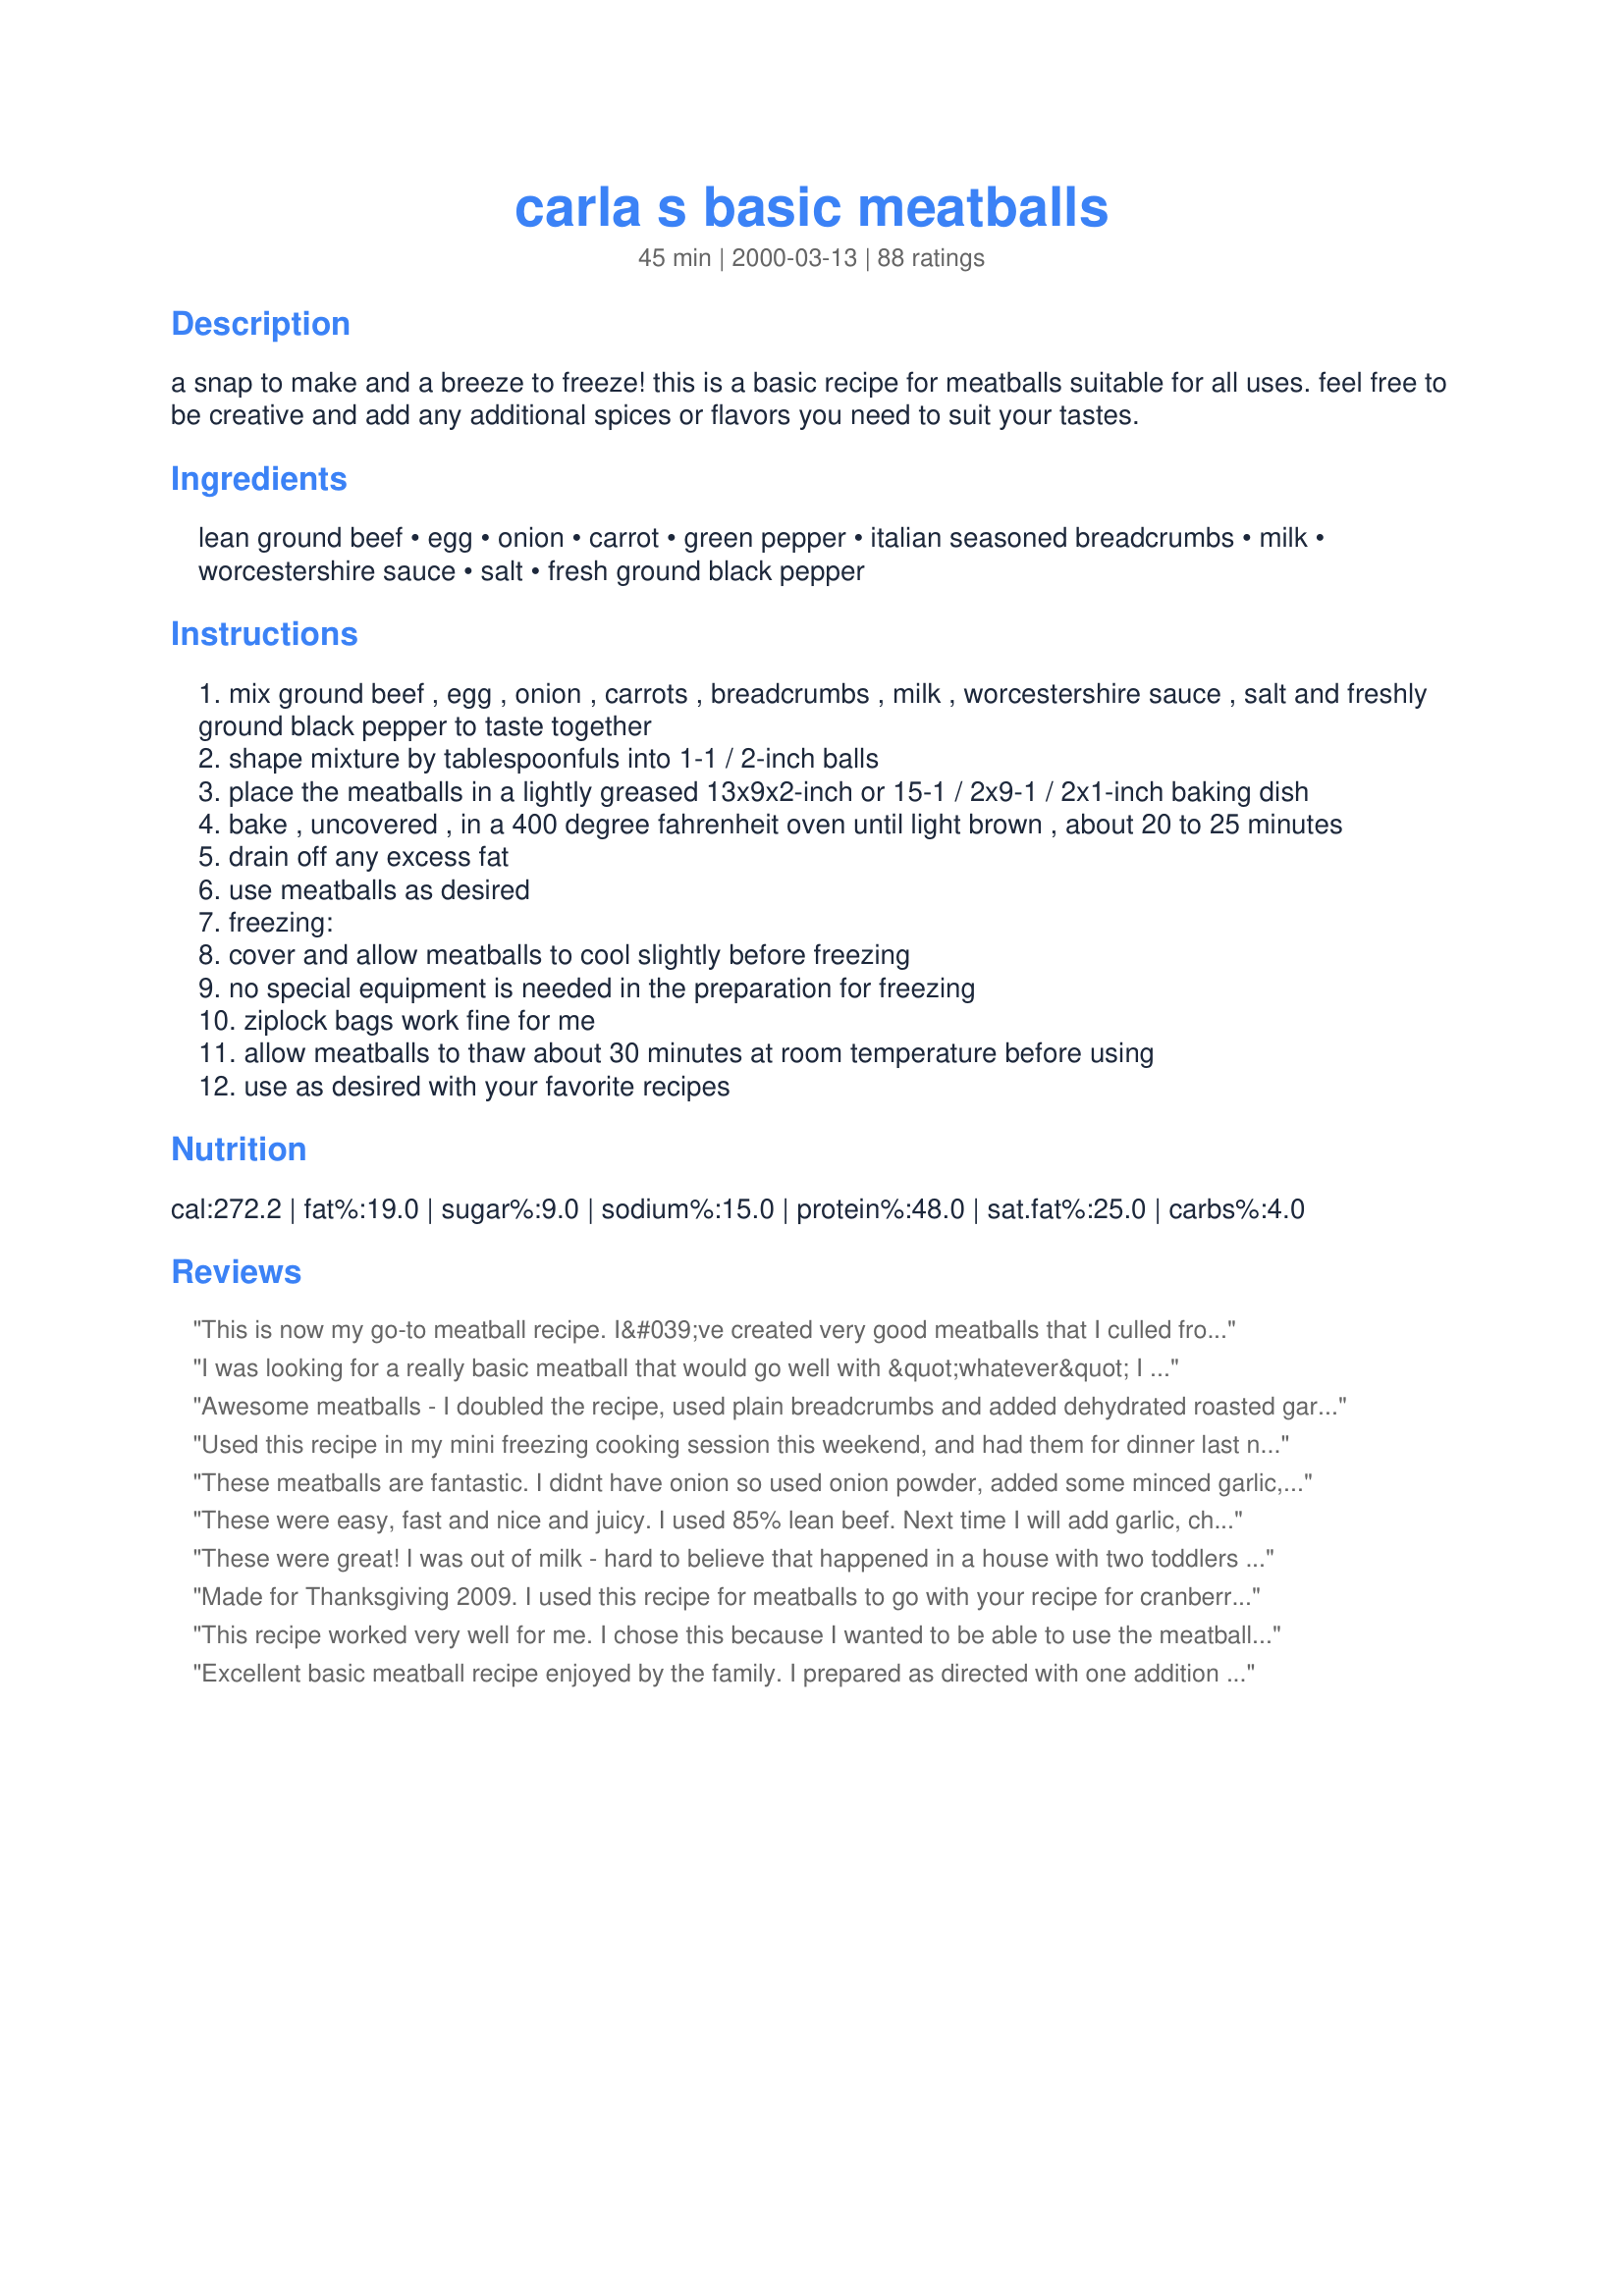
carla s basic meatballs
Preparation time: 45 minutes

a snap to make and a breeze to freeze! this is a basic recipe for meatballs suitable for all uses. feel free to be creative and add any additional spices or flavors you need to suit your tastes.

Ingredients:
lean ground beef, egg, onion, carrot, green pepper, italian seasoned breadcrumbs, milk, worcestershire sauce, salt, fresh ground black pepper

Steps:
mix ground beef , egg , onion , carrots , breadcrumbs , milk , worcestershire sauce , salt and freshly ground black pepper to taste together
shape mixture by tablespoonfuls into 1-1 / 2-inch balls
place the meatballs in a lightly greased 13x9x2-inch or 15-1 / 2x9-1 / 2x1-inch baking dish
bake , uncovered , in a 400 degree fahrenheit oven until light brown , about 20 to 25 minutes
drain off any excess fat
use meatballs as desired
freezing:
cover and allow meatballs to cool slightly before freezing
no special equipment is needed in the preparation for freezing
ziplock bags work fine for me
allow meatballs to thaw about 30 minutes at room temperature before using
use as desired with your favorite recipes

Reviews:
This is now my go-to meatball recipe. I&#039;ve created very good meatballs that I culled from different recipes but unable to remember how to replicate them and I&#039;ve made meatballs from fancy recipes that turned out quite bland. These are so simple and easy, yet so tasty. Honestly, did not expect much, but very pleasantly surprised. I made as directed, using a 20% lean ground beef and Progresso Italian style breadcrumbs. Thanks for posting, so glad I tried them. I just needed to update this. I&#039;ve made these several times now and they are very consistent. The trick, I think, is to use the 20% beef. I haven&#039;t tried any higher or lower fat content and they come out perfect every time. Not very greasy and not dry either. I just love these! I pair this with Recipe #266734. Awesome!
I was looking for a really basic meatball that would go well with &quot;whatever&quot; I decided to make when I pulled them out of the freezer. I made these and browned them in clarified butter instead of the oil and used cracker crumbs in place of the breadcrumbs. I browned them until &quot;just done&quot; to freeze. They aren't over seasoned but taste great so whatever I make I can use these without conflicting flavor. Update: May 23, 2016 I still use this recipe when I make meatballs. I use parsley and panko instead of Italian seasoned bread crumbs because I like really basic meatballs so I can use them in whatever I get a taste for. They really freeze well and I love them with teriyaki sauce but that doesn't mix well with Italian flavor. Still one of my favorite recipes for quick and easy meals. Thanks again. :)
Awesome meatballs - I doubled the recipe, used plain breadcrumbs and added dehydrated roasted garlic and and Epicure Selections' Oven Roast herb blend. They were moist and delicious right out of the oven (my two-year old and I kept grabbing them and popping them into our mouths to "test" them) and I froze half, then used the rest in <a href="/38889">Sweet and Sour Meatballs</a> Sweet and Sour Meatballs. Absolutely delicious and I'll definitely be using this recipe from now on.
Used this recipe in my mini freezing cooking session this weekend, and had them for dinner last night using the sauce from recipe#171781 The whole family loved it! Thanks!
These meatballs are fantastic. I didnt have onion so used onion powder, added some minced garlic, as well as some italian seasoning. I prepared these ahead of time and refrigerated them until dinner to make things easy. Once they were done, I let them simmer in the sauce for awhile. Served over hot spaghetti noodles, yum! Will make again!
These were easy, fast and nice and juicy. I used 85% lean beef. Next time I will add garlic, chopped bell pepper and maybe some oregano to jazz them up a bit.
These were great! I was out of milk - hard to believe that happened in a house with two toddlers - so I used buttermilk instead. Next time I'll use milk and see which I like better. They were flavorful and tender, not too onion-y tasting and not over spiced, as some meatballs tend to be. This is a definite keeper!
Made for Thanksgiving 2009. I used this recipe for meatballs to go with your recipe for cranberry glazed meatballs (#107450) and it worked out very well. I did end up with around 40 meatballs and the bake time for my oven with the size I made was around 15 minutes. They were easy to prepare and the flavor was awesome (gotta admit, I ate some of them right out of the oven the day I made them). I was able to successfully cook them ahead of time and freeze for use on Thanksgiving (took them out and put them in the refrigerator the day before to thaw). Thanks so much for posting!!!!
This recipe worked very well for me. I chose this because I wanted to be able to use the meatballs in different things. The prep is easy and the cooking time was right on. I used half of my batch tonight for recipe#110680, Chile Verde Meatballs and it worked wonderfully. The other half I have froze for a weeknight dinner. 
Thanks for posting!
Excellent basic meatball recipe enjoyed by the family. I prepared as directed with one addition & exception which was the addition of finely chopped green pepper and sauted them with the onion until just soft and translucent before adding to the ground beef mixture. Otherwise no other changes were made. Made ahead and froze to use at a later time for meatball subs. So much nicer then the purchased, frozen variety. - Phyl
These turned out really nice and tasted good on Meatball Subs!
Great basic meatball recipe that would go with any sort of sauce. I used recipe#164926 with mine. Served with steamed buttered cabbage and carrots. For a change I would add in some grlic & parmesan. Another keeper for me :)
These were wonderful! Normally when I make meatballs they come out dry and overcooked. These were perfect! I used Ground turkey instead of beef and they were still very good. I made them with Jo Mama's World Famous Spaghetti (recipe #22782) and the taste worked really well together. My DH has actually requested that I make these again - a first for homemade meatballs.
This recipe made great tasting meatballs. I did not have fresh onion so I used dried chopped onion and added a little bit of water to it. I did not have a baking dish so I used a cookie sheet with tin foil over it. The tin foil made the meatballs get a little bit brown on the bottom but it did make clean up really easy. I also only baked the meatballs for 15 min then I cooked them in a sauce pan with some prego. My boyfriend said that this meal was the best I have ever made him. (it was also the easiest)
This was an excellent recipe!! It was easy to make. I used soy milk instead of milk, and added some garlic. I cooked some asparagus for a side dish and that was the entire meal!
These meatballs are versatile and easy to prepare. I've used them in Meatball Subs (Recipe #102843) and Slow Simmered Spaghetti and Meatballs (Crock-Pot) (Recipe #160483) and they worked very well. Thanks for a great recipe.
This is one of those classic basic recipes that you can grow upon or leave alone and it will always turn out great.
I’m not rating this because I got so far off recipe, (1/4 cup parmesan cheese instead of milk, no Worcestershire sauce; commercial spiced breadcrumbs, I used a red onion & etc & etc.) I was just looking for a time and temp to bake, and proportions. This worked great for me. Really not too dry, and I even rinsed the cooked meatballs in a colander to get rid of grease. The thing I wanted to say – a small thing, but anyway- is I put a sheet to tin foil on the cookie sheet to save on clean up. No a big deal until you have to clean the cookie sheet.
It tuned out great. It was juicy and flavorful. I used two packs of ground beef each had pound. I used two eggs. I added onion power, garlic power, Italian seasoning, minced onions, and oarklesy flakes and double milk, and added spoonful worshire source. It was great. I am going freeze the meetballs for Thanksgiving party at work. I am going thraw for 30 minutes. Put in crock pot like cook for 2hours on slow heat . iam going to use kraft barbuce sauce and bama grape jelly.
Very tasty and easy to make!!!
Very easy to do, a very nice basic recipe, and very good right out of the oven. We couldn't stop eating them, thanks!
Forgot the Worcestershire sauce, milk and used homemade breadcrumbs. Mixed it up in my food processor after mincing the onion. They taste awesome. Will be tasty in the bbq meatball sandwiches I'm making. Thanks for the easy to follow recipe.
Looks yummy ! I will try these on Mr. M. I'm sure he'll love them!
These were so good and easy to make! I added some garlic and parmesean cheese and it was delicious! Yum yum!!!
Exactly what I was looking for! Was short on time and ideas for lunch so I decided to whip up some quick cooking meatballs with a salad. This is an easily adaptable recipe for personal tastes or what you have on hand. As I do not make anything savory without garlic, I suggest adding a clove or 2 of minced garlic. I made my meatballs a little larger, approx. 2&quot; diameter. Half way through the cooking process I drained the fat, poured in some tomato based pasta sauce, rotated the meatballs, and spooned more sauce over each ball. It turned out amazingly! I also believe you'll prevent the meat from drying out by adding a sauce or broth of your choosing. As an added bonus, the meat provides a richness to your sauce or gravy. Super easy, and definitely recommend!
A nice basic recipe! I wanted meatballs I could use for a variety of purposes, and these are perfect. The only thing I added was garlic powder. I tripled the recipe and froze them all. They're definitely very plain tasting, but that's what I wanted.
Easy recipe, my 6 yr old and made this tonight. I added steak sauce and jazzed it up with some homemade sofrito&quot;Spanish go to starter&quot; also a dash of red pepper flakes... thanks!!
This is an excellent basic meatball recipe. I left the onions out due to an onion-phobic teenage son, and added garlic powder to goose it up a little. I'm sure the addition of the onions would perk these up even more. Easy, tasty, and fast.
These meatballs are wonderful. They are perfectly seasoned, easy to prepare, and I did not find them dry at all. I did not use milk, but otherwise followed the recipe perfectly. I made 3 batches as well that I plan on serving as bbq meatballs, spaghetti & meatballs, and I am crumbling the rest up to use in chili. Thanks for sharing.
The flavor of these meatballs were fine, however they were extremely dry. My husband who is a meatball lover would not eat them, nor would my son. I baked them in the oven and served them in a pasta sauce with spaghetti. This may be better in a soup.
I agree with amber.. wonderful and perfect for various uses. I follewed the recipe to order, and added garlic, italian seasoning, a few dashes of garlic tabasco, and some special garlic season mix i have. Also, different than the instructions, i mixed all wet ingredients (all but the crumbs) well first, and then added the crumbs.. find this incorporates things more evenly. This is an great recipe to have on hand to multiply and freeze, or to make to order. could be a good meat base for meatloaf, burgers, etc.
Wonderful!! I doubled the recipe and they came out perfectly. The flavour is fantastic! It was my first time making my own meatballs and I never knew that it could be this easy. I used these in my beef stroganoff and everyone loved it! Thanks!
I liked these. I pan fried mine in a little olive oil. Great to make a bunch for the freezer. For all those busy weeknights. Thank you.
These meatballs were fantastic -- the family loved them. The recipe is simple and we had meatballs for our spaghetti in no time at all. If you choose this recipe, try using 85% lean hamburger for a moister meatball.
These meatballs are fabulous. My husband is Italian, and hard to please. He loved them!! All I did extra is add some garlic and italian seasoning. After I baked them I put them in the crockpot with my husbands spagetti sauce and let it cook for a few hours and it was perfect. Thanks so much for the recipe!!
12/2006 I like these meatballs because they are tasty and their texture, right out of the oven is great. To be sure, meatball making can be much more complicated and (trust me) more frustrating, but these are simple, go together quickly, are tasty and just fun to do. 09/2009 I make these a different times with either beef or ground turkey. My son loves them either way.
This is a very good, simple and easy to make recipe. It only takes a few minutes to prepare these meatballs and it's very easy to tweak this recipe and personalize it.
My kids inhaled them. Really! My husband and I only had a few. The kids were begging for more and they aren't big red meat eaters (especially my daughter). They absolutely loved them. Also, the were super easy to make (I did leave out the Worcestershire sauce-my kids don't like it). We had salad, rice and mash potatoes with them. Made for a terrific dinner!
Yummy and very quick and easy!! I add the filling of one (fresh from the butcher) italian sausage link...gives the meatballs a slight anise flavor. I also double the recipe and freeze portions...they do freeze extremely well! Thanks for sharing this recipe.
These went great with our swedish meatballs sauce tonight, yumyum! The Worcestershire sauce is something I usually forget about, so thanks.
very quick recipe! These were pretty good, though a little dry from the oven (I used extra lean hamburger) This would be rectified once they were served with a sauce, though. I also used triple the amount of worcestershire sauce though and next time would add a little horseradish, too. Will use again, thanks for posting.
Made these and put them in a sauce of grape jelly and chili sauce. Everyone loved them! I froze a few before adding to the sauce, froze them and then had them in spaghettie. Were great that way too.
by itself themeatball is boring simmer it in the right sauce its very tasty. I made a swedish-style meatball sauce and cooked the meatballs halfway n the oven then simmered them in te sauce for about 45 min they were delicious. thanks!
Perfect! The store was out of frozen meatballs, so I made these. Very good!
Absolutely the best meatballs I ever made.

I normally use way more breadcrumbs, but I stuck to the recipe and was a bit afraid they were going to be too sticky, but turned out I was wrong all along.

They were VERY juicy and very tasty.

It was an added bonus that I could bake them in the oven instead of doing it the old fashioned way of boiling them first and then frying them.
Thank you for this easy to follow recipe! I used 93% lean ground beef and decided to use French&#039;s french fried onions instead of fresh, which I didn&#039;t have on hand and it came out great! Not dry at all! I used both a flat cookie sheet and one mini-muffin pan and both batches were very moist so I am baffled as to why others claim oven baked meatballs tend to be dry. I will definitely use this recipe again!
Not an excellent meatball, but as the name denotes: an average meatball. I doubled the recipe but only used a little over 1/4 cup milk. I got 40 meatballs using a 1 1/2 inch cookie scoop.
Super easy with ingredients I have all the time. I had 2 lbs. of beef so I doubled the recipe which I followed except I used dried onion flakes (same amount)for the onion (just lazy). I would maybe only add garlic and/or some parmesan cheese but that's it. Everyone liked them as they were. I threw them in a prepared sauce and served them on pasta. My younger son had a friend over who loved them too. Thanks Carla! - have made them again while away and I added garlic and some Parmesan cheese and I fried them and served them to 4 happy kids. I simply put them on toothpicks (no sauce) as an appetizer.
This was perfect. Made exactly as written except grated the onion. Solid, basic recipe. I have plans on how I make them next. Wish I had this when I first started cooking. If you are a beginner cook, this is the recipe to learn from. The proportions are perfect. Thanks Carla!
I made these for my pickiest meat eater - and he devoured them! After baking them in the oven I heated them up again in a pot of tomato sauce - a great addition to spaghetti!
I would give this 10 stars if I could. I am making it for the third time and I can't imagine how I got along before I tried it! It is easy and turns out exactly as I had hoped it would. The meatballs are not dry and they are very flavorful. I add a little garlic and onion granules to boost the flavor but these are great just as they are here.
Wowsie!! Doubled the recipe and cooked in the oven. These will be my choice again when we do mass meatball making for the freezer.
Wow, these were wonderful - came out just right and not too dry at all. Very easy to make, too! I did not add onion, but I did add a little onion powder - other than that, made just as written. Next time I'll add some garlic for a little extra flavor. Very versatile. I'm hoping to freeze some, but I have a feeling they are not going to make it into the freezer before they are all eaten, so next time I'll make a double batch to freeze. Thanks for a great simple meatball recipe.
I made these today to go into a meatball soup for tomorrow. I added diced garlic cloves and cilantro. Went easy on the salt because tomorrow they will be swimming in broth.
I think the perfect way to describe these is, &quot;Plain, but NOT bland.&quot;

I wanted meatballs that were well-seasoned and (of course!) tasty but &quot;neutral&quot; enough to go with different kinds of flavors. My objective was to make a giant batch to keep in the freezer.

This recipe is just perfect! I made them using four pounds of beef and one of pork; panko instead of regular crumbs; heavy cream instead of the milk; and otherwise just proportionately-more of the other ingredients.

I&#039;d never before done meatballs in the oven and will never do them any other way!

I ended up with 100, but only about 70 made it into the freezer that night!

They thaw beautifully and are delicious plain; with Italian sauces; with beef or mushroom gravy; and with mayo or Russian dressing. I think they&#039;d be great with Indian or Thai curry, turned into Swedish meatballs, or just dunked into ketchup!
I made these meatballs on 3/10/11 and used them to go into an Italian Meatball soup.The recipe was made exactly as written( which I don't often do ;)),and found it to be a very nice basic meatball recipe. You could add any type of seasonings to make it your own " Special Meatball " recipe.But it's good on it's own. Thanks for posting and. " Keep Smiling :) "
I thought this was a very tasty recipe and I would make it again. I used almond milk and gluten free bread crumbs to make it allergy friendly. Didn&#039;t have onions so I added finely chopped celery and mushrooms. To make it more flavorful I seasoned it with basil &amp; oregano. Also in the past I have always had meatballs that fell apart so I added an extra egg to be safe!
This is a great basic meatball recipe. I love how simple it is and how it calls for ingredients that are usually on hand. I forgot the milk...oops! But didn't notice a difference in the meatball. They were moist and juicy and full of wonderful flavor. Thanks for posting this recipe!
These are exactly as the name implies, a great basic meatball. I was looking for a meatball recipe that didn't contain cheese when I came across this one. I just threw my onion along with a couple cloves of garlic in the food processor and mixed the rest by hand. It was so easy! I have been looking for some great freezer meals to make dinner times easier at my house and this is a keeper. Just think...spaghetti and meatballs, meatball subs, Swedish meatballs, so many great options!!!
Tasty meat balls.
Excellent meatballs!I left out the milk and onions but added onion powder,italian seasonings,oregano and garlic.Mine were not dry at all,perfectly moist.I would definately make these again!
Why buy frozen meatballs when you can make better ones yourself in no time. So simple and yet so good, not dry at all. Thanks for posting this recipe to try.
My husband said he doesn't usually like meatballs, but he loved these! They have been added to my keep file. I did add a little oregano and basil, used scallions instead of regular onions.Thank you!
Quick, easy and yummy! I like that! Made it exactly as written this time for a soup. When I make it for pasta, I'll add a pinch or two of oregano and possibly some grated Romano cheese. I love the fact that these can be made ahead and then pulled out for soups, stews and such. Thank you for sharing!
This really is a great basic meatball recipe. Freezes great and very versatile. Thanks for posting!
These were great. It was my first time making homemade meatballs. They were quick and easy and tasted great. Plan on making a whole bunch for freezing.
Convenient but just too dry. Thanks for a great idea tho and I will play around with them. I do feel that sour cream substituted for milk will make a difference.
It took 25 minutes, and could've been a lil bit longer but I was throwing them in sauce to simmer with a bracciola.
OK where is the garlic powder in this??? LoL Of course I added some and I cooked the onions with a lil bit of Olive Oil and had them cool before mixing them with the meatball mixture. 

Normally I make the meatballs and let them simmer in sauce or I pan fry them and add them to the sauce.

They were good and went well with the rest of the meal. I did make extra for another day so I froze them! Can't wait to use them again meatball sub!!!!

Next time I will make with some ground pork or turkey with the beef so my family won't even know the difference for the healthier meatball! 
Thank you!
These are excellent! I make them with ground turkey and I grate my onion (instead of chopping)--and they turn out so moist and tasty! Thanks for a great recipe!
Excellent basic meatball recipe. I substituted half of the ground beef with ground pork and used the oven baking option. There were so tasty. I used them in recipe #39203 Dutch Brown Ragout Soup. I will make these again and again. Thanks for such a good and easy recipe!
This is a good basic meatball recipe, perfect for all sorts of recipes. I've used them in spaghetti, swedish meatballs, meatball subs, etc. I like to make a double batch and freeze.
YUMMY. CHOPPED JALAPE&Ntilde;O WITH SMALL CUBES OF PEPPER JACK CHEESE IN THE MIDDLE. FANTASTIC
Carla! these were delicious! There was "No" lefted overs. DH and I ate the whole batch. I had planned on taking some with us up to the lake but they didn't make it in the container.
I think I will double the batch next time and freeze them (if they make it) LOL Thanks for sharing this wonderful Basic Meatball recipe.
A good quick recipe that was very easy to make and not at all dry. Next time I need to add a little something to spice it up a little (not much). I'm going to enjoy experimenting with extras ingredients for this.
Thanks for this recipe! I've never made meatballs before and my boyfriend requested them since i was making spaghetti. These were great although next time i will definetly put more seasonings in to jazz them up, becuase these were a little plain for my tastes. However I had no problem with them being dry (I used soy milk). They came out just right in 20 minutes as directed.
This is great. I work a lot of evenings, but still like to have home-cooked meals on the table. I pre-made it for my son and boyfriend and they both loved it. Before I left for work I froze the extra meatballs and we had them for dinner the next week. Much better than buying the pre-packaged frozen meatballs. I've tried this recipe with both ground need and pork. Delicious with both. Next o may try with chicken or turkey.
I gave this 5 stars because it's exactly what it's suppose to be-
basic. I tripled the recipe and the changes I made were to use cracker crumbs instead of breadcrumbs. I made two sized meatballs- 1 1/2 inch and mini meatballs about the size of a large marble. I froze them on cookie sheets and threw them in freezer bags.
Since it's a basic recipe, it will be a no brainer to pull out what I need and add them to spaghetti sauce, sweet and sour sauce or soup.
made a batch of these last night and put them in the crockpot, very NUMMY ! I topped them them off with some Honey Apricot Sauce.
Great recipe! I used a few shakes of montreal steak seasoning and garlic powder instead of plain salt & pepper. I also cooked these in the skillet on the stovetop instead of baking, to me it seemed faster. This made ~ 20 meatballs for me. Will use again. Thanks!
Yummy yummy ! 20 mins not needed .
I loved these. They were really tender and juicy and not dry which was awesome! I used plain breadcrumbs because that's what I had but I will use the italian next time because mine didn't have that zing that the herbs would bring.
this recipe took no time at all..total of 20 min maybe. However it wasn't amazing..i think oven cooked meatballs taste dry. Regardless of the fact, on this particular day this easy recipe came in handy.
Excellent and easy...family loves Them....thank you....added some minced garlic and Italian seasoning also a little extra Worcestershire sauce...mmmmm.....
Delicious. I didn't have herbed breadcrumbs so I added a few pinches of dried basil and dried oregano to the mix. They were moist and tender but this might have been because I used 80% lean ground beef which I normally don't use. I will probably update this when I make this again with 90% lean ground beef.
I like to make ahead and freeze meatballs for later meals, so when I got a good deal on a 5 lb. bag of ground beef, I added 2 lbs. of ground pork and went looking for a new &quot;one-recipe-fits-all&quot; recipe. I&#039;m glad I found this one because not only was it easy, they turned out delicious. After reading many of the reviews, I decided to use 1/2 seasoned bread crumbs (for flavor) and 1/2 oatmeal (to keep them from drying out). I also added some dried oregano, basil and parsley along with the garlic powder. For milk, I used canned condensed milk rather than fresh (to give it a little richness). Since my oven tends to run a little hot, I cooked them at 350 degrees for 20 minutes. After they cooled, I froze them in a single layer, then put them in freezer bags (so I can use as few or as many as I want at a time). Great recipe, even multiplied 7 times!
My family loves these meatballs!!
Very good consistency and they hold up well in spaghetti sauce. They did not lend much flavor though. Not seasoned enough for our tastes.
Great recipe that tastes good and is easy to make. Thank you!
